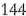
144